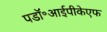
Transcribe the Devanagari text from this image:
पडॉ॰आईपीकेएफ